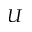
U